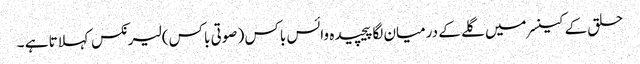
حلق کے کینسر میں گلے کے درمیان لگا پیچیدہ وائس باکس ( صوتی باکس) لیرنکس کہلاتا ہے ۔